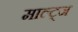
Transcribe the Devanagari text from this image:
माल्ट्ज